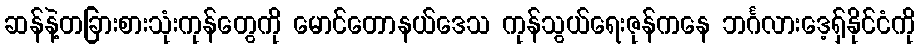
ဆန်နဲ့တခြားစားသုံးကုန်တွေကို မောင်တောနယ်ဒေသ ကုန်သွယ်ရေးဇုန်ကနေ ဘင်္ဂလားဒေ့ရှ်နိုင်ငံကို